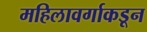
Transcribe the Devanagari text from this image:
महिलावर्गाकडून